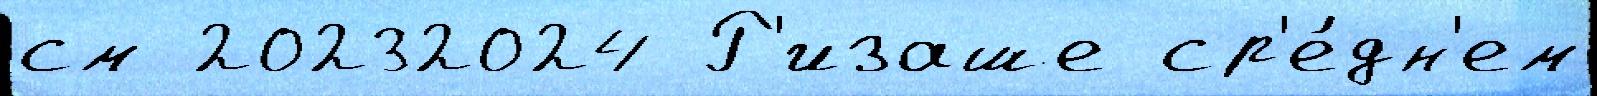
см 20232024 Р'изаше ср'е́дн'ем